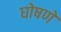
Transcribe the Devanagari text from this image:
घोषणे